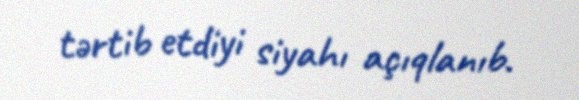
tərtib etdiyi siyahı açıqlanıb.